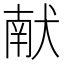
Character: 献